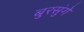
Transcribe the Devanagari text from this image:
बुरसुंगे